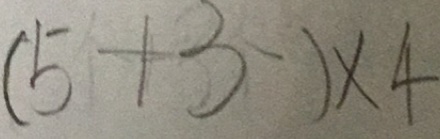
( 5 + 3 ) \times 4